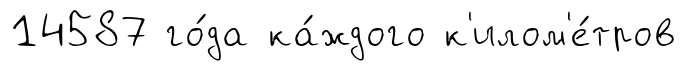
14587 го́да ка́ждого к'илом'е́тров